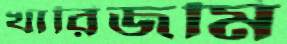
খারিজমি